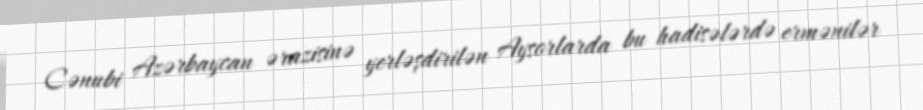
Cənubi Azərbaycan ərazisinə yerləşdirilən Aysorlarda bu hadisələrdə ermənilər